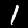
Digit: 1